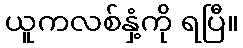
ယူကလစ်နှံ့ကို ရပြီ။